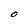
Character: O